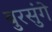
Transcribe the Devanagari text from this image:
बुरसुंगे